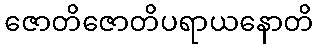
ဇောတိဇောတိပရာယနောတိ